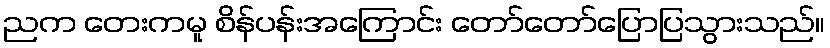
ညက တေးကမူ စိန်ပန်းအကြောင်း တော်တော်ပြောပြသွားသည်။